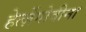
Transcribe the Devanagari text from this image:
हेर्त्ज़ेगोवीना